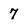
Character: 7